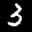
Label: 3